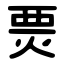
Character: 㶾